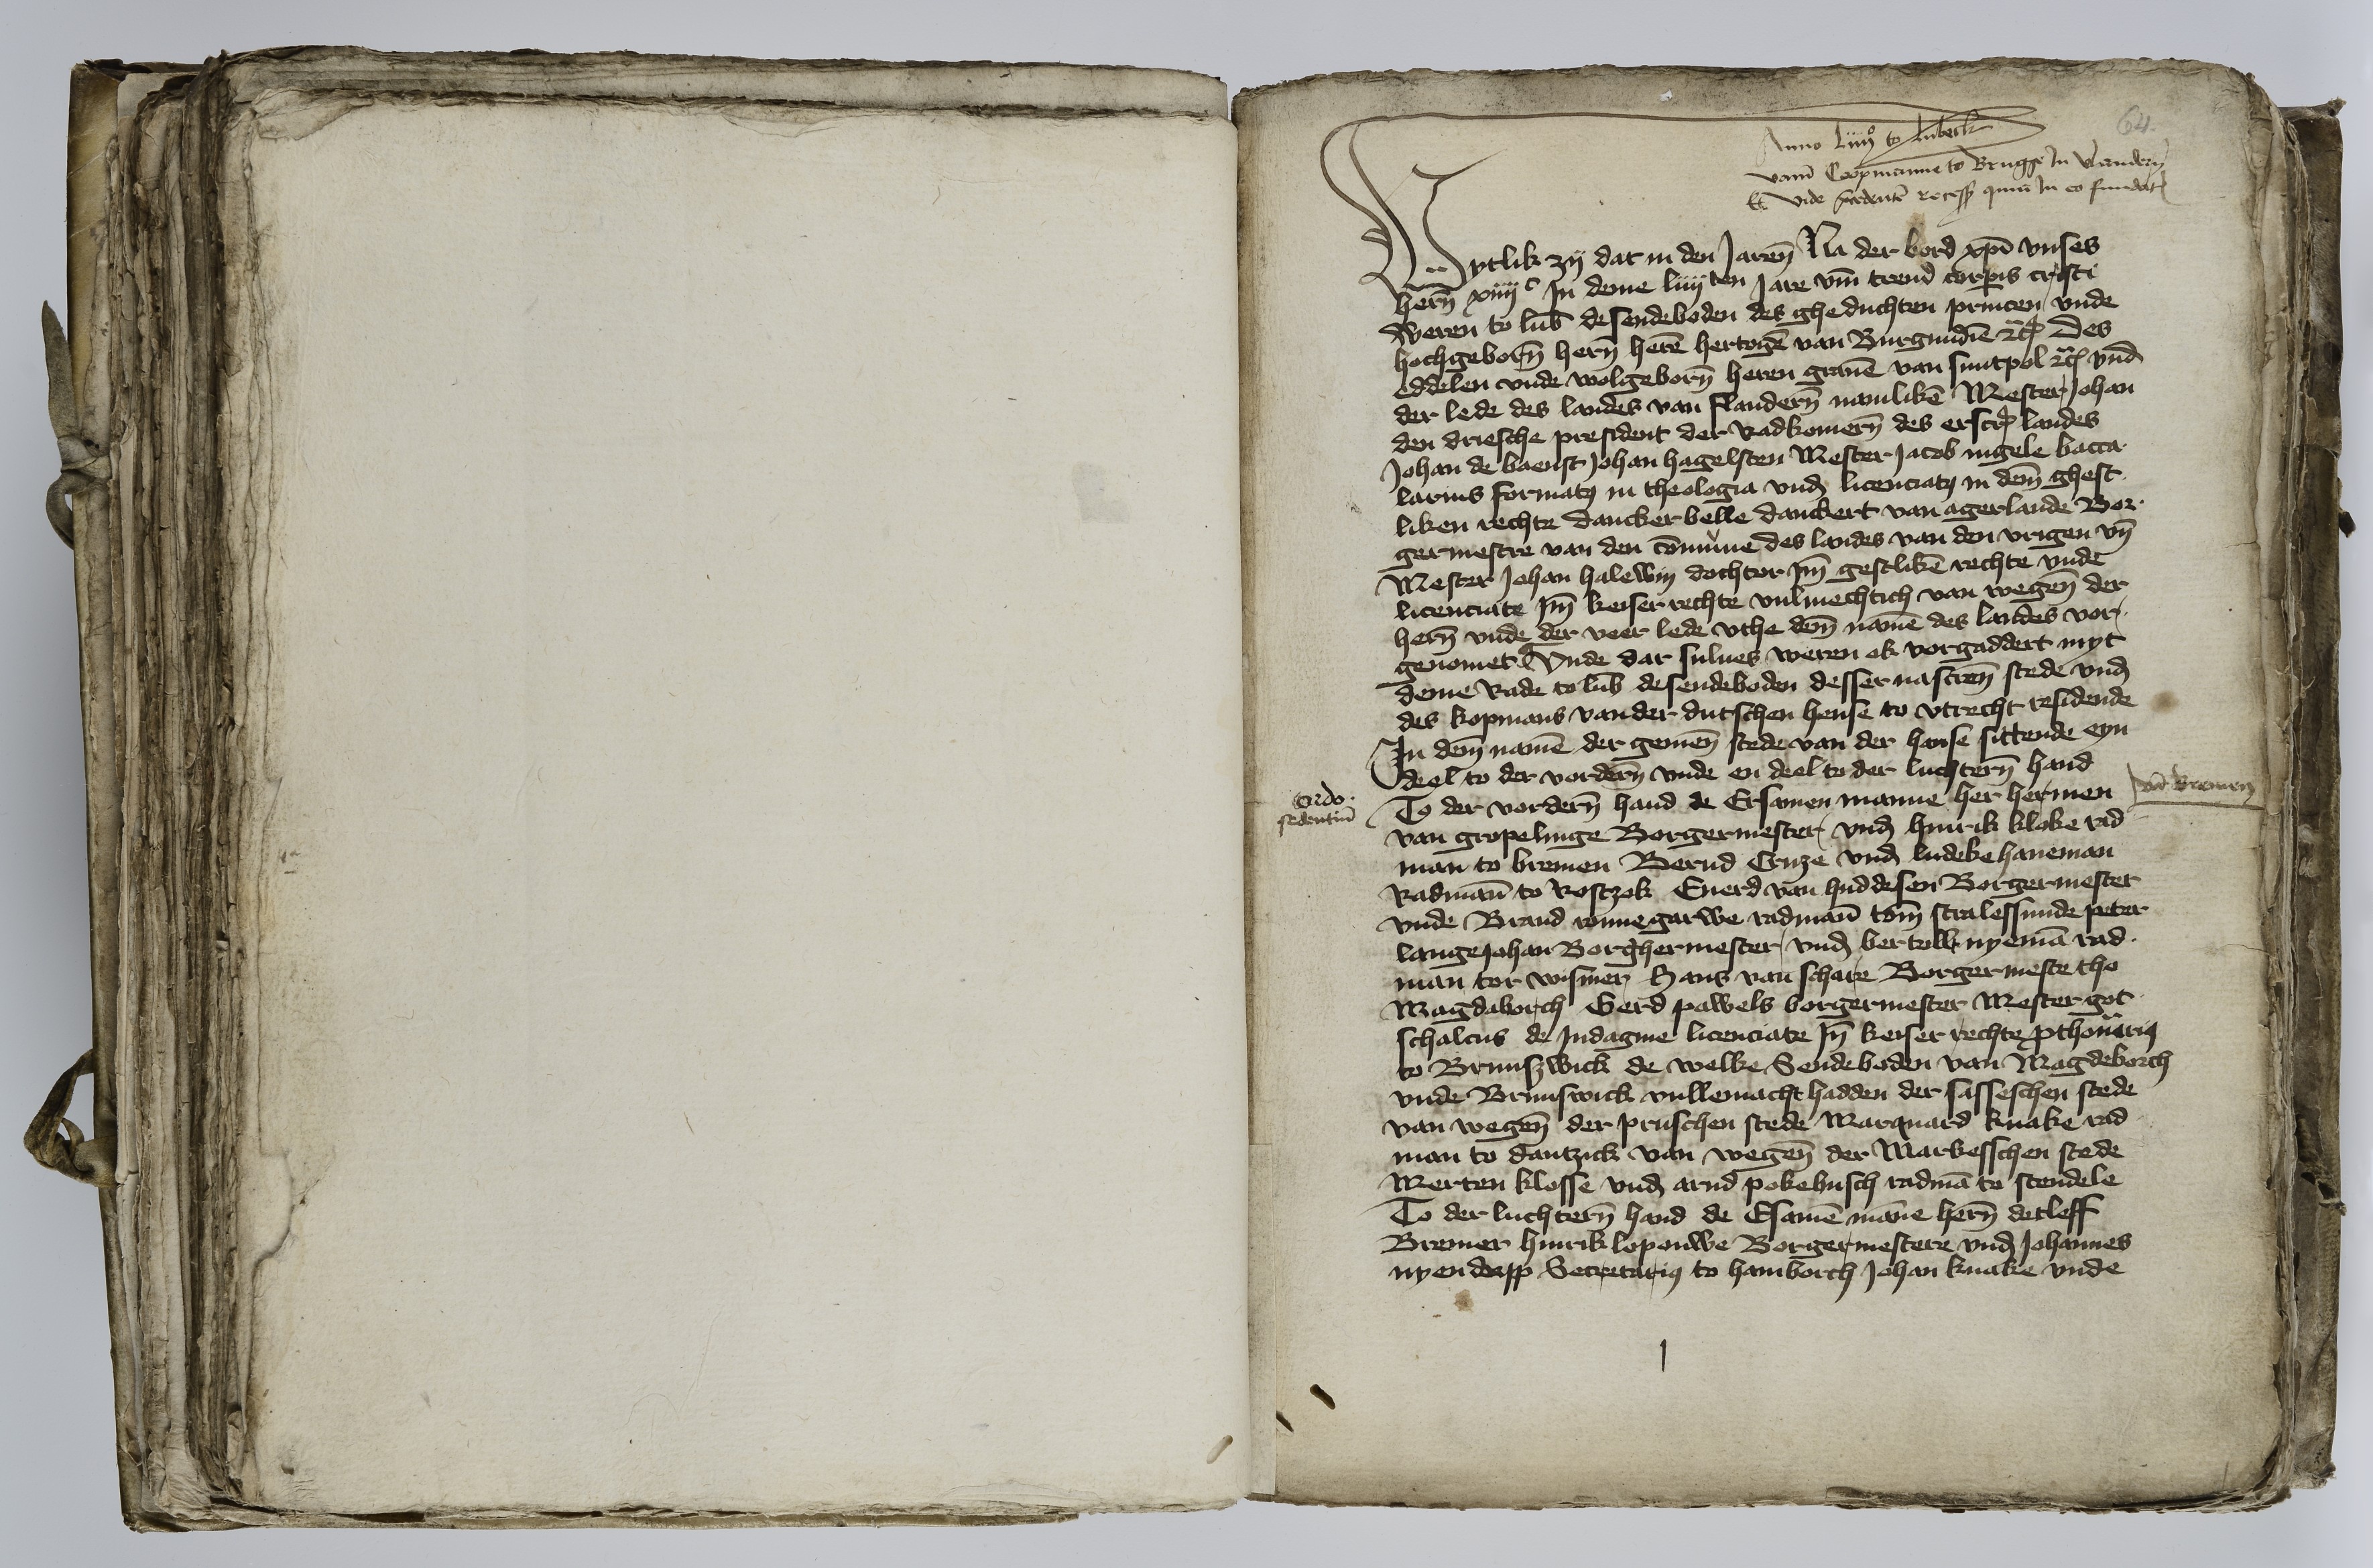
64

Anno Liiij to Lubeck
vam Coopmanne to Brugge Jn Vlandern
Et vide precedentem recessum quium Jn eo fundatum.

Wytlik zy dat in den Jaren Na der bord Christi vnses
heren xiiijc Jn deme liiijten Jare vmme trend corporis cristi
Weren to Lubeke de sendeboden des gheduchten princen, vnde
hochgeborenen heren heren hertogen van Burgundien etcetera des
eddelen vnde wolgeborenen heren grauen van Suntpol etcetera vnd
der lede des landes van Flanderen namliken Mester Johan
den driesche president der Radkomeren des erscreuen landes
Johan de Baenst Johan Hagelsten Mester Jacob Nigele bacca¬
larius formantus in theologia vnd lieenciatus, in deme ghest¬
liken rechte Dancker Belle Danckert van Agerlande Bor¬
germestre van den commune des landes van den vrigen vnd
Mester Johan Halewin dochtor Jm gestliken rechte vnde
licenciate Jmme keiser rechte vulmechtich van wegene der
heren vnde der veer lede vthe deme namen des landes vor¬
genoment | Vnde dar sulues weren ok vorgaddert myt
deme Rade to Lubeke de sendeboden desser nascreuen stede vnd
des kopmans van der dutschen hense to Vtrecht residende
Jn deme namen der gemenen stede van der hansen sittende eyn
deel to der vorderen vnde en deel to der luchteren hand
To der vorderen hand de Ersamen manne her Hermen
van Gropelinge Borgermester vnd Hinrik Kloke rad¬
man to Bremen Bernd Cruze vnd Ludeke Haneman
Radmanne to Rostzok Euerd van Huddesen Borgermester
vnde Brand Ronnegarwe radman tome Stralessunde Peter
Langejohan Borghermester, vnd Bertollt Nyeman rad¬
man tor Wismer Hans van Schare Borgermeste tho
Magdaborch Gerd Pawels borgermester Mester Got¬
schalcus de Jndagine licenciate Jnne keiser rechte prothonotarius
to Brunszwick de welke Sendeboden van Magdeborch
vnde Brunswick vullemacht hadden der sasseschen stede
van wegene der pruschen stede Marquard Knake rad¬
man to Dantzick van wegene der Markesschen stede
Merten Klosse vnd Arnd Pokehusch radman to Stendele
To der luchteren hand de Esamen manne heren Detleff
Bremer Hinrik Lopouwe Borgermestere vnd Johannes
Nyendorpp Secertarius to Hamborch Johan Knake vnde

ordo.
sedentium

ad Bremen